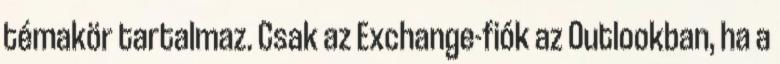
témakör tartalmaz. Csak az Exchange-fiók az Outlookban, ha a